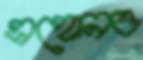
এহোনও